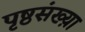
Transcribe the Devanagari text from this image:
पृष्ठसंख्य़ा